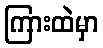
ကြားထဲမှာ